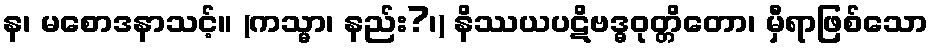
န၊ မစောဒနာသင့်။ (ကသ္မာ၊ နည်း?၊) နိဿယပဋိဗဒ္ဓဝုတ္တိတော၊ မှီရာဖြစ်သော